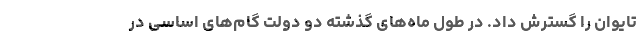
تایوان را گسترش داد. در طول ماه‌های گذشته دو دولت گام‌های اساسی در